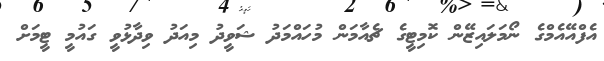
އެފްއޭއެމްގެ ނޯމަލައިޒޭން ކޮމިޓީގެ ޗެއާމަން މުހައްމަދު ޝަވީދު މިއަދު ވިދާޅުވީ ގައުމީ ޓީމަށް